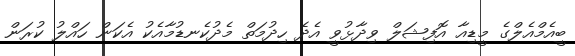
ބީއެމްއެލްގެ މީޑިއާ އޮފިޝަލް ވިދާޅުވީ އެދެ ހިދުމަތް މެދުކެނޑުމާއެކު އެކަން ހައްލު ކުރަން